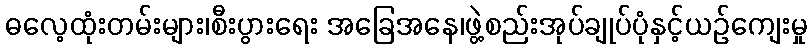
ဓလေ့ထုံးတမ်းများ၊စီးပွားရေး အခြေအနေ၊ဖွဲ့စည်းအုပ်ချုပ်ပုံနှင့်ယဉ်ကျေးမှု